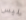
ليس